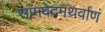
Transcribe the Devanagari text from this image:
सामवेदमथर्वाणं